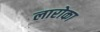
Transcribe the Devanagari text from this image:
लारोका